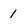
Character: 1